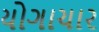
યોગાચાર